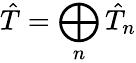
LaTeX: \hat{T}=\bigoplus_{n}\hat{T}_{n}